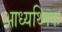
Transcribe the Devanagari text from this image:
आध्यथ्मिक